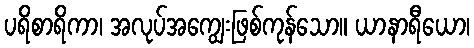
ပရိစာရိကာ၊ အလုပ်အကျွေးဖြစ်ကုန်သော။ ယာနာရီယော၊